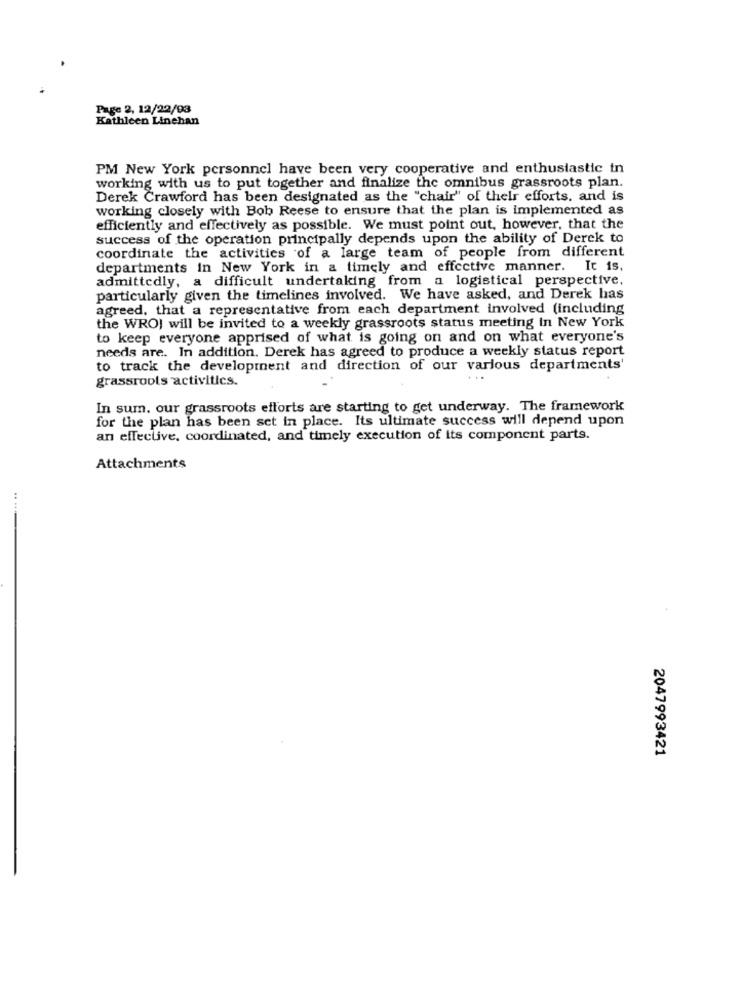
Page 2, 12/22/03
Kathleen Linehan
PM New York personnel have been very cooperative and enthusiastic in
working with us to put together and finalize the omnibus grassroots plan.
Derek Crawford has been designated as the "chair" of their efforts, and is
working closely with Bob Reese to ensure that the plan is implemented as
efficiently and effectively as possible. We must point out, however, that the
success of the operation principally depends upon the ability of Derek to
coordinate the activities of a large team of people from different
departments in New York in a timely and effective manner. It is,
admittedly, a difficult undertaking from a logistical perspective,
particularly given the timelines involved. We have asked, and Derek has
agreed, that a representative from each department involved (including
the WRO) will be invited to a weekly grassroots status meeting in New York
to keep everyone apprised of what is going on and on what everyone's
needs are. In addition. Derek has agreed to produce a weekly status report
to track the development and direction of our various departments'
grassroots activitics.
. ..
In sum. our grassroots efforts are starting to get underway. The framework
for the plan has been set in place. Its ultimate success will depend upon
an effective, coordinated, and timely execution of its component parts.
Attachments
2047993421